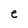
Character: e